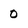
Character: 0